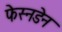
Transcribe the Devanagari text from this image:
फेस्नडेन